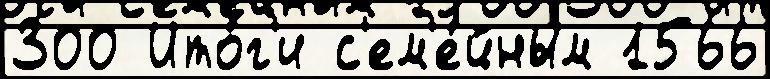
300 Ито́г'и с'ем'е́йным 1566